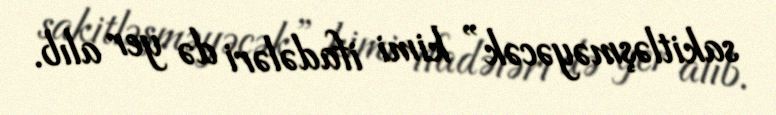
sakitləşməyəcək” kimi ifadələri də yer alıb.